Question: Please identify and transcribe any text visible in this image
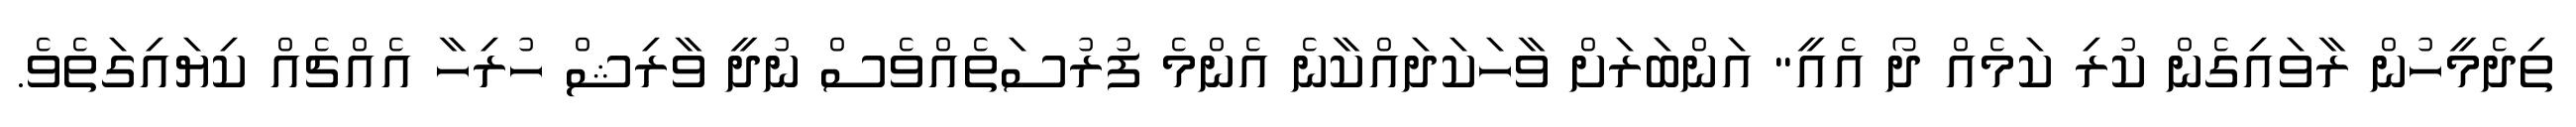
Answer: ތިދެމީހުން ރާވައިގެން ކުރި ކަމެއް ދޯ އެއީ" އަންބަރަށް ވާހަކަދައްކާނެ އެންމެ ފުރުސަތެއްވެސް ނުދީ ވާރިޝް ހުރިހާ އެއްޗެއް ކިޔައިގަތެވެ.